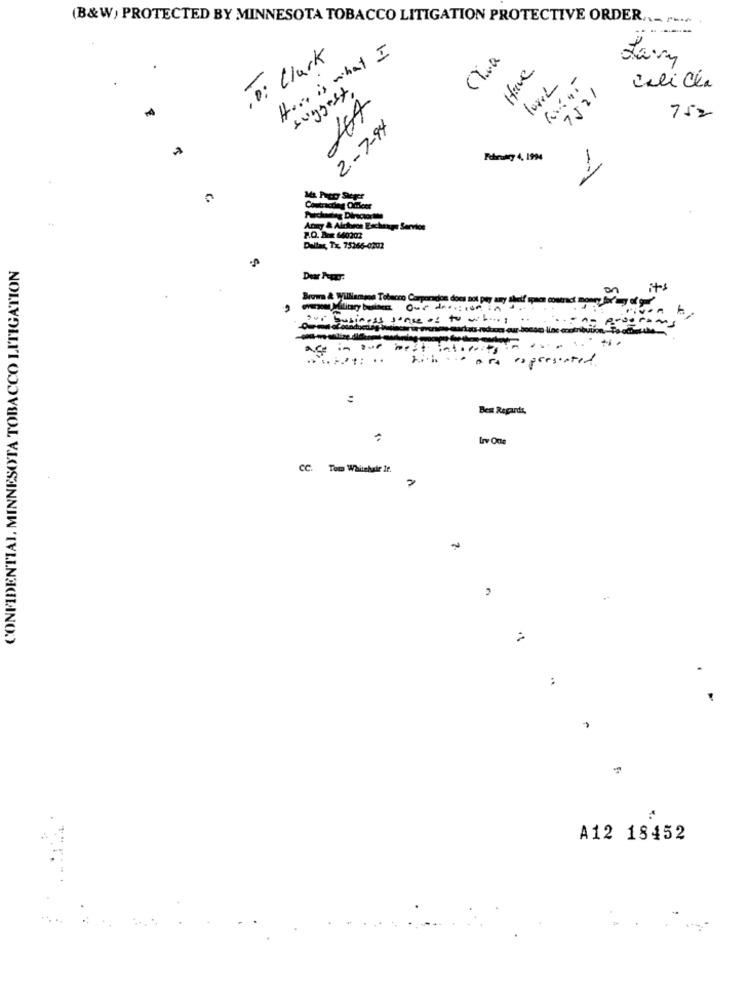
(B&W) PROTECTED BY MINNESOTA TOBACCO LITIGATION PROTECTIVE ORDER ... .... .
Herr is what I
, To : Clark
davy
Have
Jeli Cla
suggest.
1252
752
2-7-94
Forumty 4, 1994
-- >
Ma Patry Steger
Contracting Omkeer
Army & Airforce Exchange Servios
P.O. Box 640202
Dallas, Tx. 75266-0202
CONFIDENTIAL, MINNESOTA TOBACCO LITIGATION
its
Brown & Williamsse Tobacco Corporados does not pay any
Qui business sonseas to viborg
age in sue best interests
age in sop
........ ..
presented.
=
Best Regards,
Grv Otte
CC. Tom Whitehair If.
A12 18452